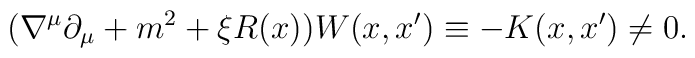
(\nabla^{\mu}\partial_{\mu}+m^2 +\xi R(x))W(x,x')\equiv -K(x,x') \neq 0 .